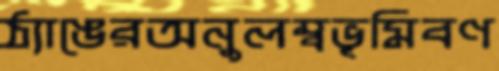
ঠ্যাঙেরঅনুলম্বভূমিবণ